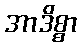
အာဒိစ္စာ